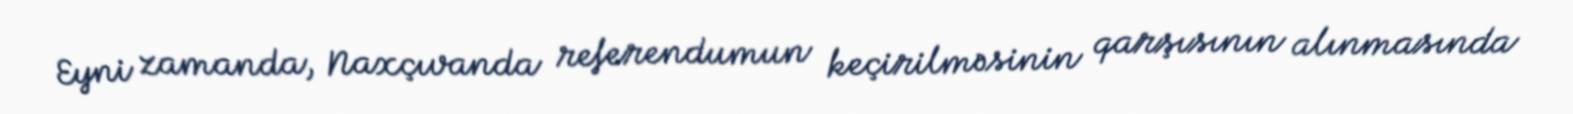
Eyni zamanda, Naxçıvanda referendumun keçirilməsinin qarşısının alınmasında